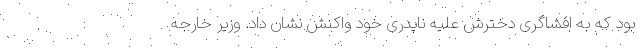
بود که به افشاگری دخترش علیه ناپدری خود واکنش نشان داد. وزیر خارجه